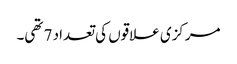
مرکزی علاقوں کی تعداد 7 تھی۔